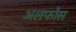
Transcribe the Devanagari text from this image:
अलफाँस